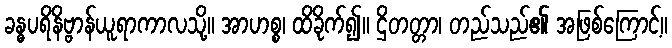
ခန္ဓပရိနိဗ္ဗာန်ယူရာကာလသို့။ အာဟစ္စ၊ ထိခိုက်၍။ ဌိတတ္တာ၊ တည်သည်၏ အဖြစ်ကြောင့်။